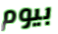
بيوم